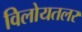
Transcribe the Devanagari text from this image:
विलोयतलर